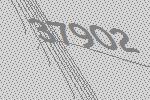
37902